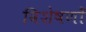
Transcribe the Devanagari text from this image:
विशेषणोँ